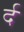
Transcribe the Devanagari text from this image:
र्द